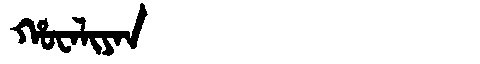
Manchu: ᡥᠣᠸᠠᠯᡳᠶᠠᠨ
Romanization: HOWALIYAN